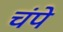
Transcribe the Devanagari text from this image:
चंपे